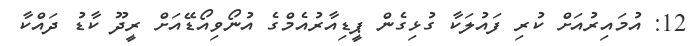
12: އުމައިރުއަށް ކުރި ފައުލަކާ ގުޅިގެން ޕީޑިއާރުއެމްގެ އުނޯވިއޯޑޭއަށް ރީދޫ ކާޑު ދައްކާ